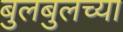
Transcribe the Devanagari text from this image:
बुलबुलच्या